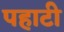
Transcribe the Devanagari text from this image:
पहाटी